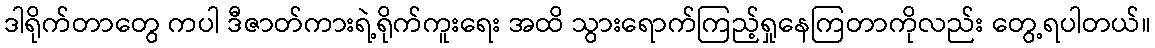
ဒါရိုက်တာတွေ ကပါ ဒီဇာတ်ကားရဲ့ရိုက်ကူးရေး အထိ သွားရောက်ကြည့်ရှုနေကြတာကိုလည်း တွေ့ရပါတယ်။